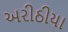
અરીઠીયા